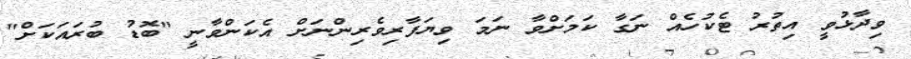
ވިދާޅުވީ އިތުރު ޓެކުހެއް ނަގާ ކަމަށްވާ ނަމަ ވިޔަފާރިވެރިންނަށް އެކަންވާނީ "ބޮޑު ބުރައަކަށް"